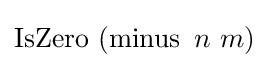
\operatorname {IsZero} \ (\operatorname {minus} \ n\ m)